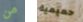
من حميمية